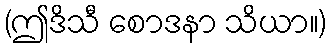
(ဤဒိသီ စောဒနာ သိယာ။)